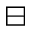
\boxminus